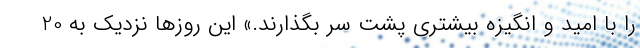
را با امید و انگیزه بیشتری پشت سر بگذارند.» این روزها نزدیک به 20